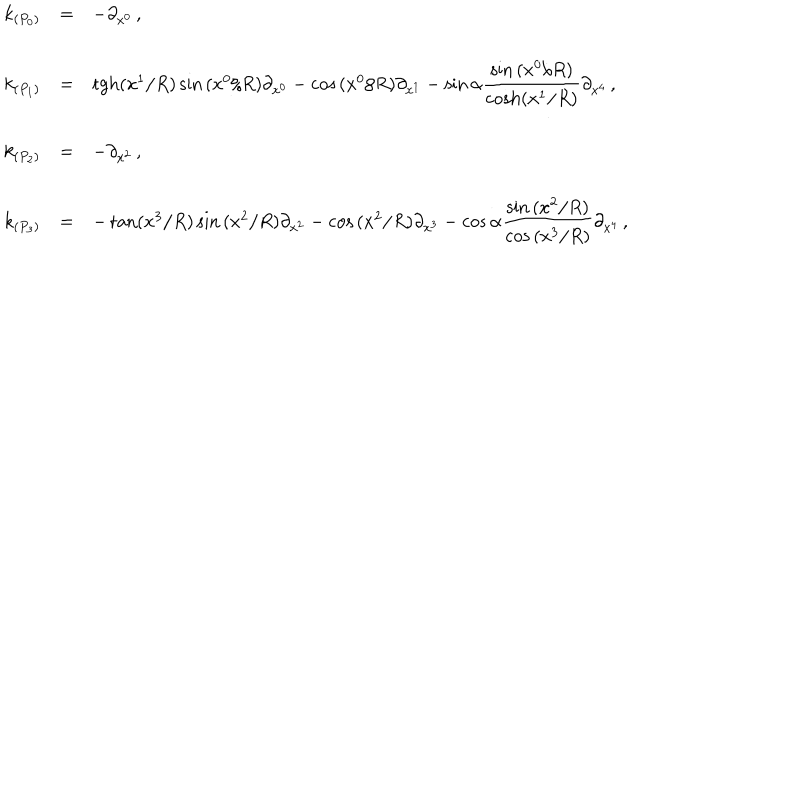
\begin{array} { r c l } { { k _ { ( P _ { 0 } ) } } } & { { = } } & { { - \partial _ { x ^ { 0 } } \, , } } \\ { { } } & { { } } & { { } } \\ { { k _ { ( P _ { 1 } ) } } } & { { = } } & { { \mathrm { t g h } ( x ^ { 1 } / R ) \sin { ( x ^ { 0 } / R ) } \partial _ { x ^ { 0 } } - \cos { ( x ^ { 0 } / R ) } \partial _ { x ^ { 1 } } - \sin { \alpha } { \displaystyle \frac { \sin { ( x ^ { 0 } / R ) } } { \mathrm { c o s h } ( x ^ { 1 } / R ) } } \partial _ { x ^ { 4 } } \, , } } \\ { { } } & { { } } & { { } } \\ { { k _ { ( P _ { 2 } ) } } } & { { = } } & { { - \partial _ { x ^ { 2 } } \, , } } \\ { { } } & { { } } & { { } } \\ { { k _ { ( P _ { 3 } ) } } } & { { = } } & { { - \tan ( x ^ { 3 } / R ) \sin { ( x ^ { 2 } / R ) } \partial _ { x ^ { 2 } } - \cos { ( x ^ { 2 } / R ) } \partial _ { x ^ { 3 } } - \cos { \alpha } { \displaystyle \frac { \sin { ( x ^ { 2 } / R ) } } { \cos { ( x ^ { 3 } / R ) } } } \partial _ { x ^ { 4 } } \, , } } \\ \end{array}